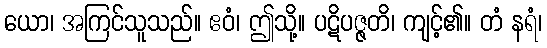
ယော၊ အကြင်သူသည်။ ဧဝံ၊ ဤသို့။ ပဋိပဇ္ဇတိ၊ ကျင့်၏။ တံ နရံ၊